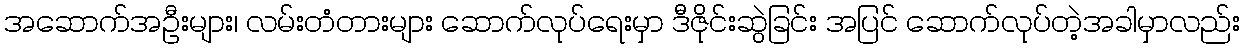
အဆောက်အဦးများ၊ လမ်းတံတားများ ဆောက်လုပ်ရေးမှာ ဒီဇိုင်းဆွဲခြင်း အပြင် ဆောက်လုပ်တဲ့အခါမှာလည်း